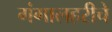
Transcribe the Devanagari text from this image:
गंगालहरीचे